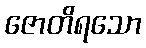
ဇောတိရသော